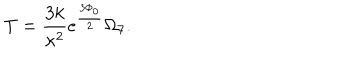
LaTeX: T = \frac { 3 k } { \kappa ^ { 2 } } e ^ { \frac { 3 \Phi _ { 0 } } { 2 } } \Omega _ { 7 } .